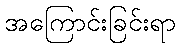
အကြောင်းခြင်းရာ